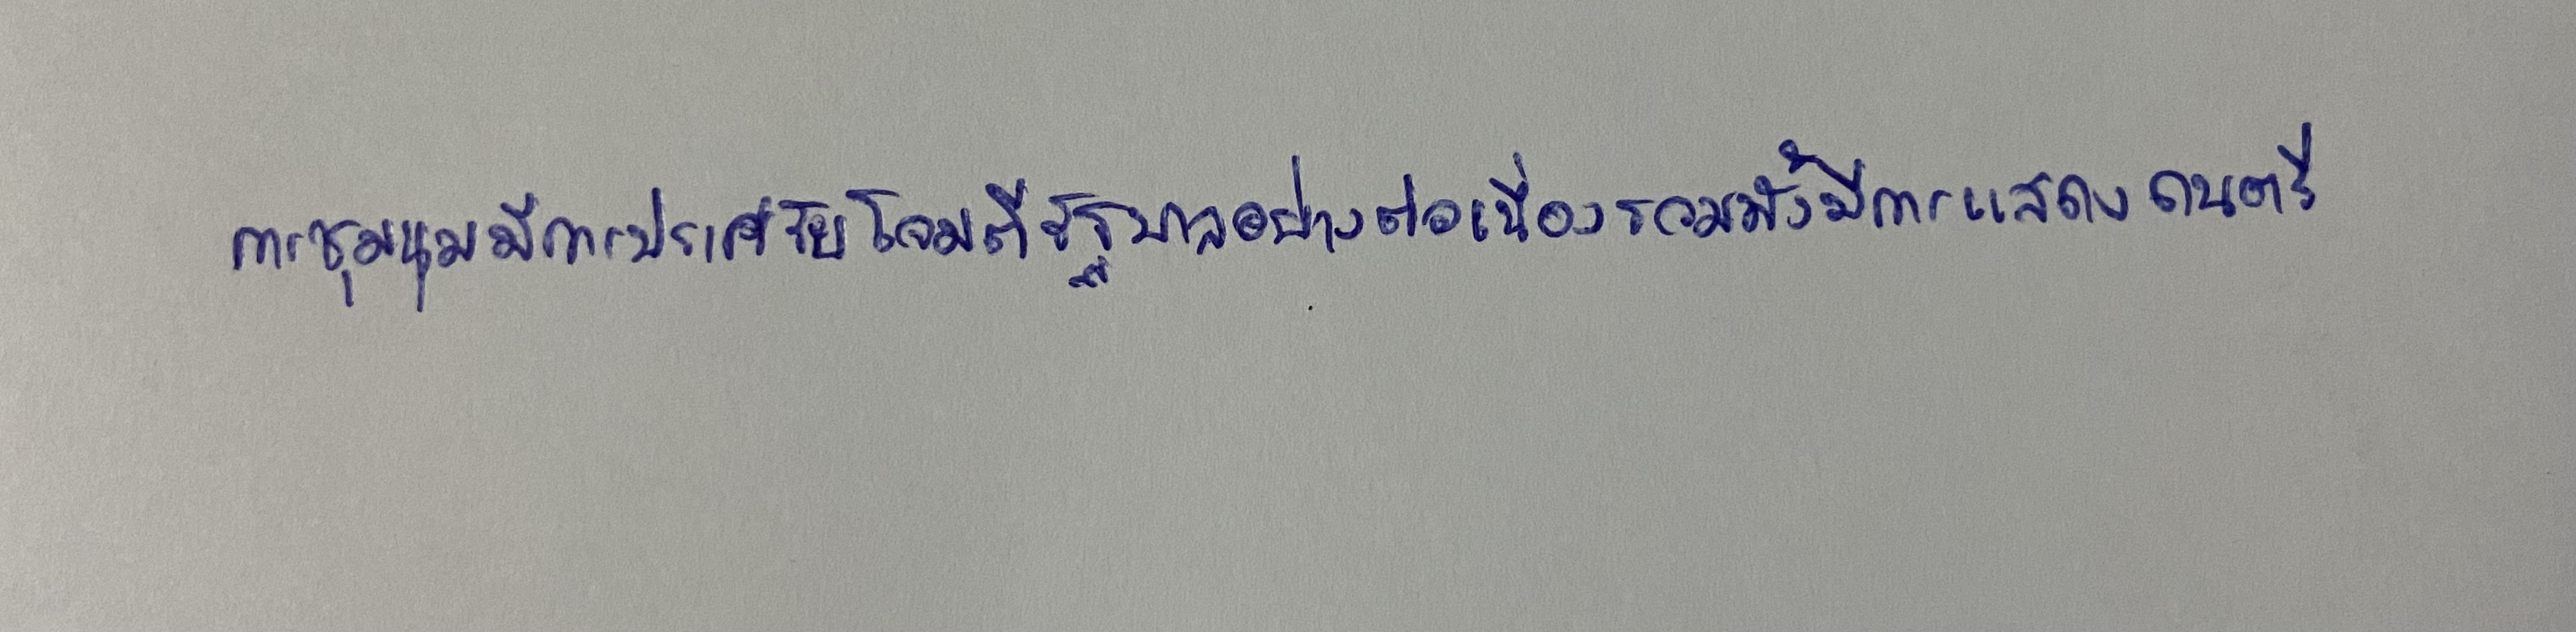
การชุมนุมมีการปราศรัยโจมตีรัฐบาลอย่างต่อเนื่องรวมทั้งมีการแสดงดนตรี